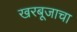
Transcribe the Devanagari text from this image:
खरबूजाचा